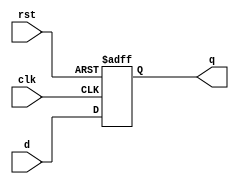
module dffasynrst (
input d,clk,rst,
output reg q);

always @(posedge clk or negedge rst)
begin
if (rst==0)  q <= 1'b0;
else    q<=d;
end
endmodule